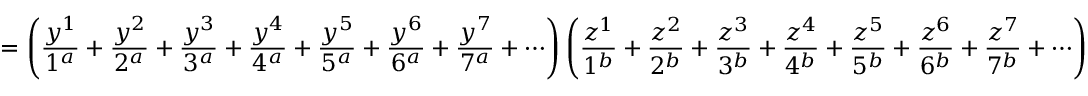
= \left( \frac { y ^ { 1 } } { 1 ^ { a } } + \frac { y ^ { 2 } } { 2 ^ { a } } + \frac { y ^ { 3 } } { 3 ^ { a } } + \frac { y ^ { 4 } } { 4 ^ { a } } + \frac { y ^ { 5 } } { 5 ^ { a } } + \frac { y ^ { 6 } } { 6 ^ { a } } + \frac { y ^ { 7 } } { 7 ^ { a } } + \cdots \right) \left( \frac { z ^ { 1 } } { 1 ^ { b } } + \frac { z ^ { 2 } } { 2 ^ { b } } + \frac { z ^ { 3 } } { 3 ^ { b } } + \frac { z ^ { 4 } } { 4 ^ { b } } + \frac { z ^ { 5 } } { 5 ^ { b } } + \frac { z ^ { 6 } } { 6 ^ { b } } + \frac { z ^ { 7 } } { 7 ^ { b } } + \cdots \right)